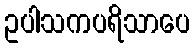
ဥပါသကပရိသာပေ